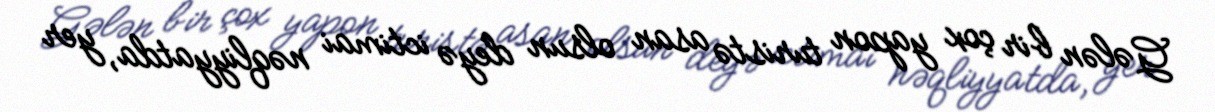
Gələn bir çox yapon turistə asan olsun deyə ictimai nəqliyyatda, yer